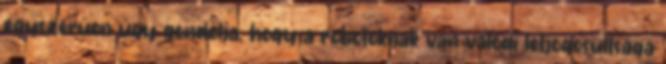
egyszerűen úgy gondolja, hogy a robotoknak van valódi létjogosultsága